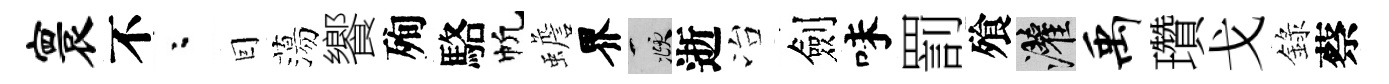
寰不粉囙蕩饗殉駱帆蟾界頫逝冶劍味罰飱灌禹瓚戈錄蔡